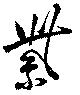
紫